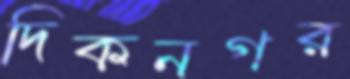
দিকনগর